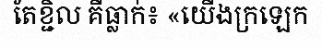
តែខ្ជិល គឺធ្លាក់៖ «យើងក្រឡេក